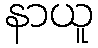
နာယူ